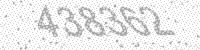
Solution: 438362